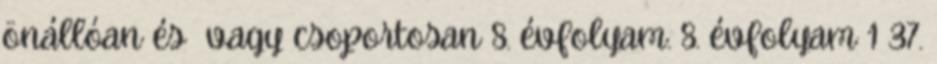
önállóan és vagy csoportosan 8. évfolyam. 8. évfolyam 1 37.